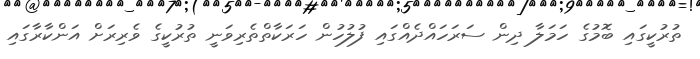
ތުރުކީގައި ބޮމުގެ ހަމަލާ ދިން ސަރަހައްދެއްގައި ފުލުހުން ހަރަކާތްތެރިވަނީ ތުރުކީގެ ވެރިރަށް އަންކާރާގައި